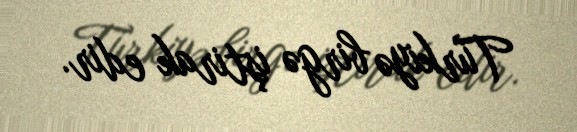
Türkiyə birgə iştirak edir.